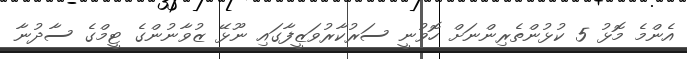
އެންމެ މޮޅު 5 ކުޅުންތެރިންނަށް ހޮވުނީ ސަރުކާރުވަޒީފާގައި ނޫޅޭ ޒުވާނުންގެ ޓީމްގެ ސާދުނާ